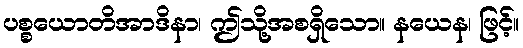
ပစ္စယောတိအာဒိနာ၊ ဤသို့အစရှိသော။ နယေန၊ ဖြင့်။